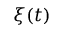
\xi ( t )